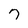
Character: 7